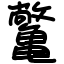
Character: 𫠝